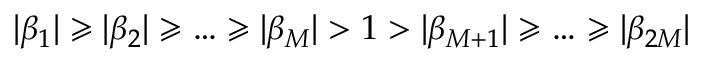
| \beta _ { 1 } | \geqslant | \beta _ { 2 } | \geqslant \ldots \geqslant | \beta _ { M } | > 1 > | \beta _ { M + 1 } | \geqslant \ldots \geqslant | \beta _ { 2 M } |